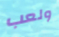
ولعب